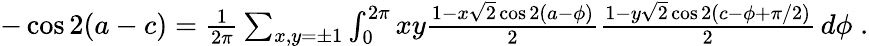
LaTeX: \begin{array}{r}{-\cos 2(a-c)=\frac{1}{2\pi}\sum_{x,y=\pm 1}\int_{0}^{2\pi}xy\frac{1-x\sqrt{2}\cos 2(a-\phi)}{2}\frac{1-y\sqrt{2}\cos 2(c-\phi+\pi/2)}{2}\, d\phi\; .}\end{array}